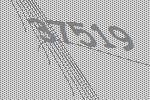
37519